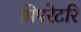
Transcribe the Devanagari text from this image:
प्रिपरेटरि